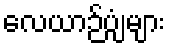
လေယာဉ်ပျံများ